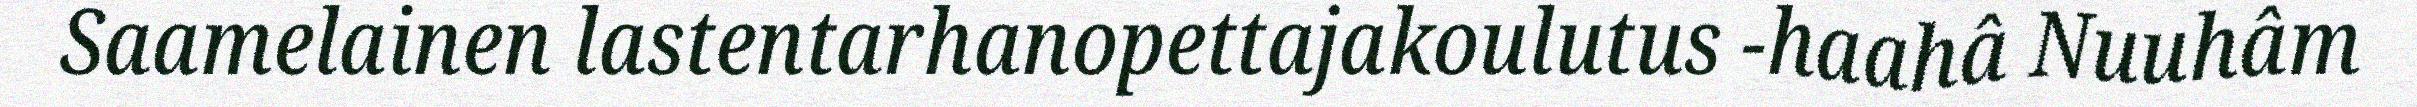
Saamelainen lastentarhanopettajakoulutus -haahâ Nuuhâm